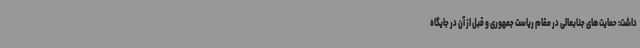
داشت: حمایت های جنابعالی در مقام ریاست جمهوری و قبل از آن در جایگاه